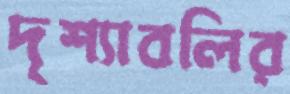
দৃশ্যাবলির